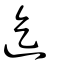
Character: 迄